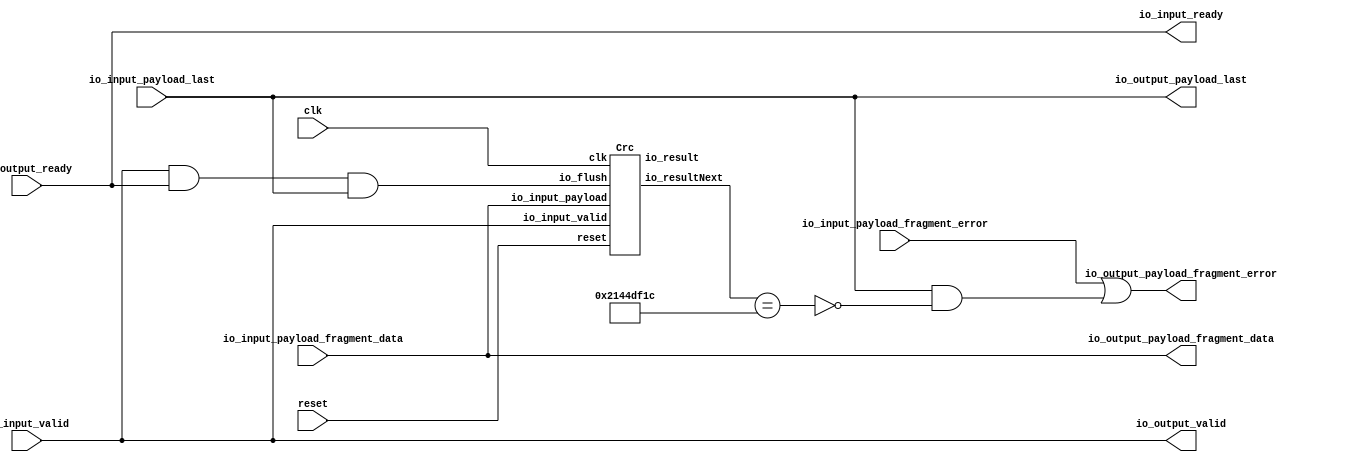
// Generator : SpinalHDL v1.4.3    git head : adf552d8f500e7419fff395b7049228e4bc5de26
// Component : MacRxChecker
// Git hash  : adf552d8f500e7419fff395b7049228e4bc5de26



module MacRxChecker (
  input               io_input_valid,
  output              io_input_ready,
  input               io_input_payload_last,
  input               io_input_payload_fragment_error,
  input      [3:0]    io_input_payload_fragment_data,
  output              io_output_valid,
  input               io_output_ready,
  output              io_output_payload_last,
  output              io_output_payload_fragment_error,
  output     [3:0]    io_output_payload_fragment_data,
  input               clk,
  input               reset
);
  wire                _zz_1;
  wire       [31:0]   crc_1_io_result;
  wire       [31:0]   crc_1_io_resultNext;
  wire                crcHit;

  Crc crc_1 (
    .io_flush            (_zz_1                                ), //i
    .io_input_valid      (io_input_valid                       ), //i
    .io_input_payload    (io_input_payload_fragment_data[3:0]  ), //i
    .io_result           (crc_1_io_result[31:0]                ), //o
    .io_resultNext       (crc_1_io_resultNext[31:0]            ), //o
    .clk                 (clk                                  ), //i
    .reset               (reset                                )  //i
  );
  assign _zz_1 = ((io_output_valid && io_output_ready) && io_output_payload_last);
  assign crcHit = (crc_1_io_resultNext == 32'h2144df1c);
  assign io_output_valid = io_input_valid;
  assign io_output_payload_last = io_input_payload_last;
  assign io_output_payload_fragment_data = io_input_payload_fragment_data;
  assign io_output_payload_fragment_error = (io_input_payload_fragment_error || (io_input_payload_last && (! crcHit)));
  assign io_input_ready = io_output_ready;

endmodule

module Crc (
  input               io_flush,
  input               io_input_valid,
  input      [3:0]    io_input_payload,
  output     [31:0]   io_result,
  output     [31:0]   io_resultNext,
  input               clk,
  input               reset
);
  wire       [31:0]   _zz_1;
  wire       [31:0]   _zz_2;
  wire       [31:0]   _zz_3;
  wire       [31:0]   _zz_4;
  wire                _zz_5;
  wire       [0:0]    _zz_6;
  wire       [20:0]   _zz_7;
  wire                _zz_8;
  wire       [0:0]    _zz_9;
  wire       [9:0]    _zz_10;
  wire                _zz_11;
  wire       [0:0]    _zz_12;
  wire       [20:0]   _zz_13;
  wire                _zz_14;
  wire       [0:0]    _zz_15;
  wire       [9:0]    _zz_16;
  reg        [31:0]   state_4;
  reg        [31:0]   state_3;
  reg        [31:0]   state_2;
  reg        [31:0]   state_1;
  reg        [31:0]   state;
  wire       [31:0]   stateXor;
  wire       [31:0]   accXor;

  assign _zz_1 = (state <<< 1);
  assign _zz_2 = (state_1 <<< 1);
  assign _zz_3 = (state_2 <<< 1);
  assign _zz_4 = (state_3 <<< 1);
  assign _zz_5 = stateXor[9];
  assign _zz_6 = stateXor[10];
  assign _zz_7 = {stateXor[11],{stateXor[12],{stateXor[13],{stateXor[14],{stateXor[15],{stateXor[16],{stateXor[17],{stateXor[18],{stateXor[19],{_zz_8,{_zz_9,_zz_10}}}}}}}}}}};
  assign _zz_8 = stateXor[20];
  assign _zz_9 = stateXor[21];
  assign _zz_10 = {stateXor[22],{stateXor[23],{stateXor[24],{stateXor[25],{stateXor[26],{stateXor[27],{stateXor[28],{stateXor[29],{stateXor[30],stateXor[31]}}}}}}}}};
  assign _zz_11 = accXor[9];
  assign _zz_12 = accXor[10];
  assign _zz_13 = {accXor[11],{accXor[12],{accXor[13],{accXor[14],{accXor[15],{accXor[16],{accXor[17],{accXor[18],{accXor[19],{_zz_14,{_zz_15,_zz_16}}}}}}}}}}};
  assign _zz_14 = accXor[20];
  assign _zz_15 = accXor[21];
  assign _zz_16 = {accXor[22],{accXor[23],{accXor[24],{accXor[25],{accXor[26],{accXor[27],{accXor[28],{accXor[29],{accXor[30],accXor[31]}}}}}}}}};
  always @ (*) begin
    state_4 = state_3;
    state_4 = (_zz_4 ^ ((io_input_payload[3] ^ state_3[31]) ? 32'h04c11db7 : 32'h0));
  end

  always @ (*) begin
    state_3 = state_2;
    state_3 = (_zz_3 ^ ((io_input_payload[2] ^ state_2[31]) ? 32'h04c11db7 : 32'h0));
  end

  always @ (*) begin
    state_2 = state_1;
    state_2 = (_zz_2 ^ ((io_input_payload[1] ^ state_1[31]) ? 32'h04c11db7 : 32'h0));
  end

  always @ (*) begin
    state_1 = state;
    state_1 = (_zz_1 ^ ((io_input_payload[0] ^ state[31]) ? 32'h04c11db7 : 32'h0));
  end

  assign stateXor = (state ^ 32'hffffffff);
  assign accXor = (state_4 ^ 32'hffffffff);
  assign io_result = {stateXor[0],{stateXor[1],{stateXor[2],{stateXor[3],{stateXor[4],{stateXor[5],{stateXor[6],{stateXor[7],{stateXor[8],{_zz_5,{_zz_6,_zz_7}}}}}}}}}}};
  assign io_resultNext = {accXor[0],{accXor[1],{accXor[2],{accXor[3],{accXor[4],{accXor[5],{accXor[6],{accXor[7],{accXor[8],{_zz_11,{_zz_12,_zz_13}}}}}}}}}}};
  always @ (posedge clk or posedge reset) begin
    if (reset) begin
      state <= 32'hffffffff;
    end else begin
      if(io_input_valid)begin
        state <= state_4;
      end
      if(io_flush)begin
        state <= 32'hffffffff;
      end
    end
  end


endmodule